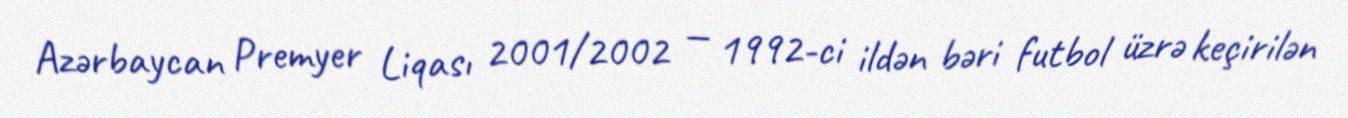
Azərbaycan Premyer Liqası 2001/2002 — 1992-ci ildən bəri futbol üzrə keçirilən